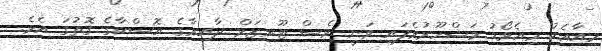
މިއާއެކު މިއެވޯޑު މަޝްހޫރުވެފައި ވަނީ ވެސް ޓޫރިޒަމް ދާއިރާގެ އޮސްކާގެ ގޮތުގަ އެވެ.